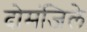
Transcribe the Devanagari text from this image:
दोमंजिले